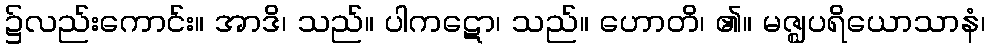
၌လည်းကောင်း။ အာဒိ၊ သည်။ ပါကဋော၊ သည်။ ဟောတိ၊ ၏။ မဇ္ဈပရိယောသာနံ၊